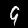
Label: 9